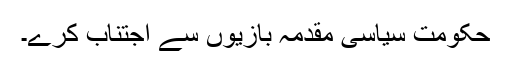
حکومت سیاسی مقدمہ بازیوں سے اجتناب کرے۔